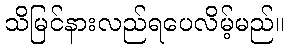
သိမြင်နားလည်ရပေလိမ့်မည်။